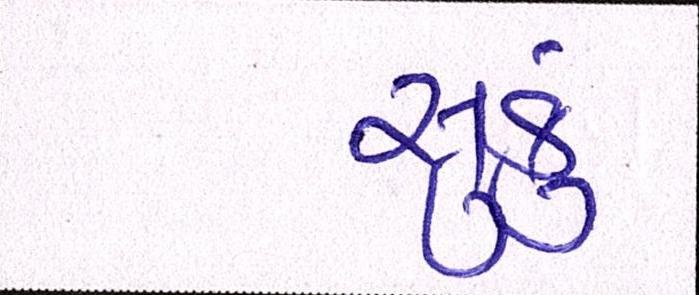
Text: સુકું